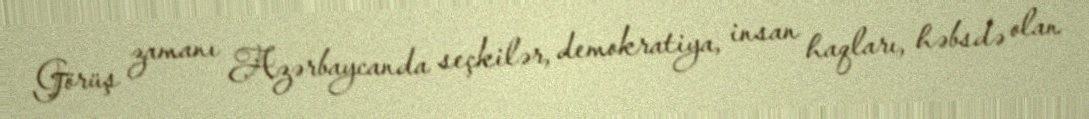
Görüş zamanı Azərbaycanda seçkilər, demokratiya, insan haqları, həbsdə olan